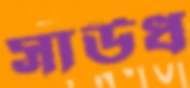
সাউধ